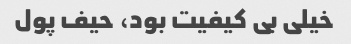
خیلی بی کیفیت بود، حیف پول